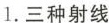
1.三种射线